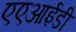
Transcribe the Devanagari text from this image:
एएआईडी